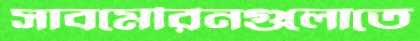
সাবমেরিনগুলোতে